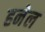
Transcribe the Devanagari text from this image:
हनेल